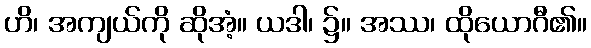
ဟိ၊ အကျယ်ကို ဆိုအံ့။ ယဒါ၊ ၌။ အဿ၊ ထိုယောဂီ၏။